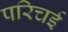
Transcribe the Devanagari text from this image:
परिचई